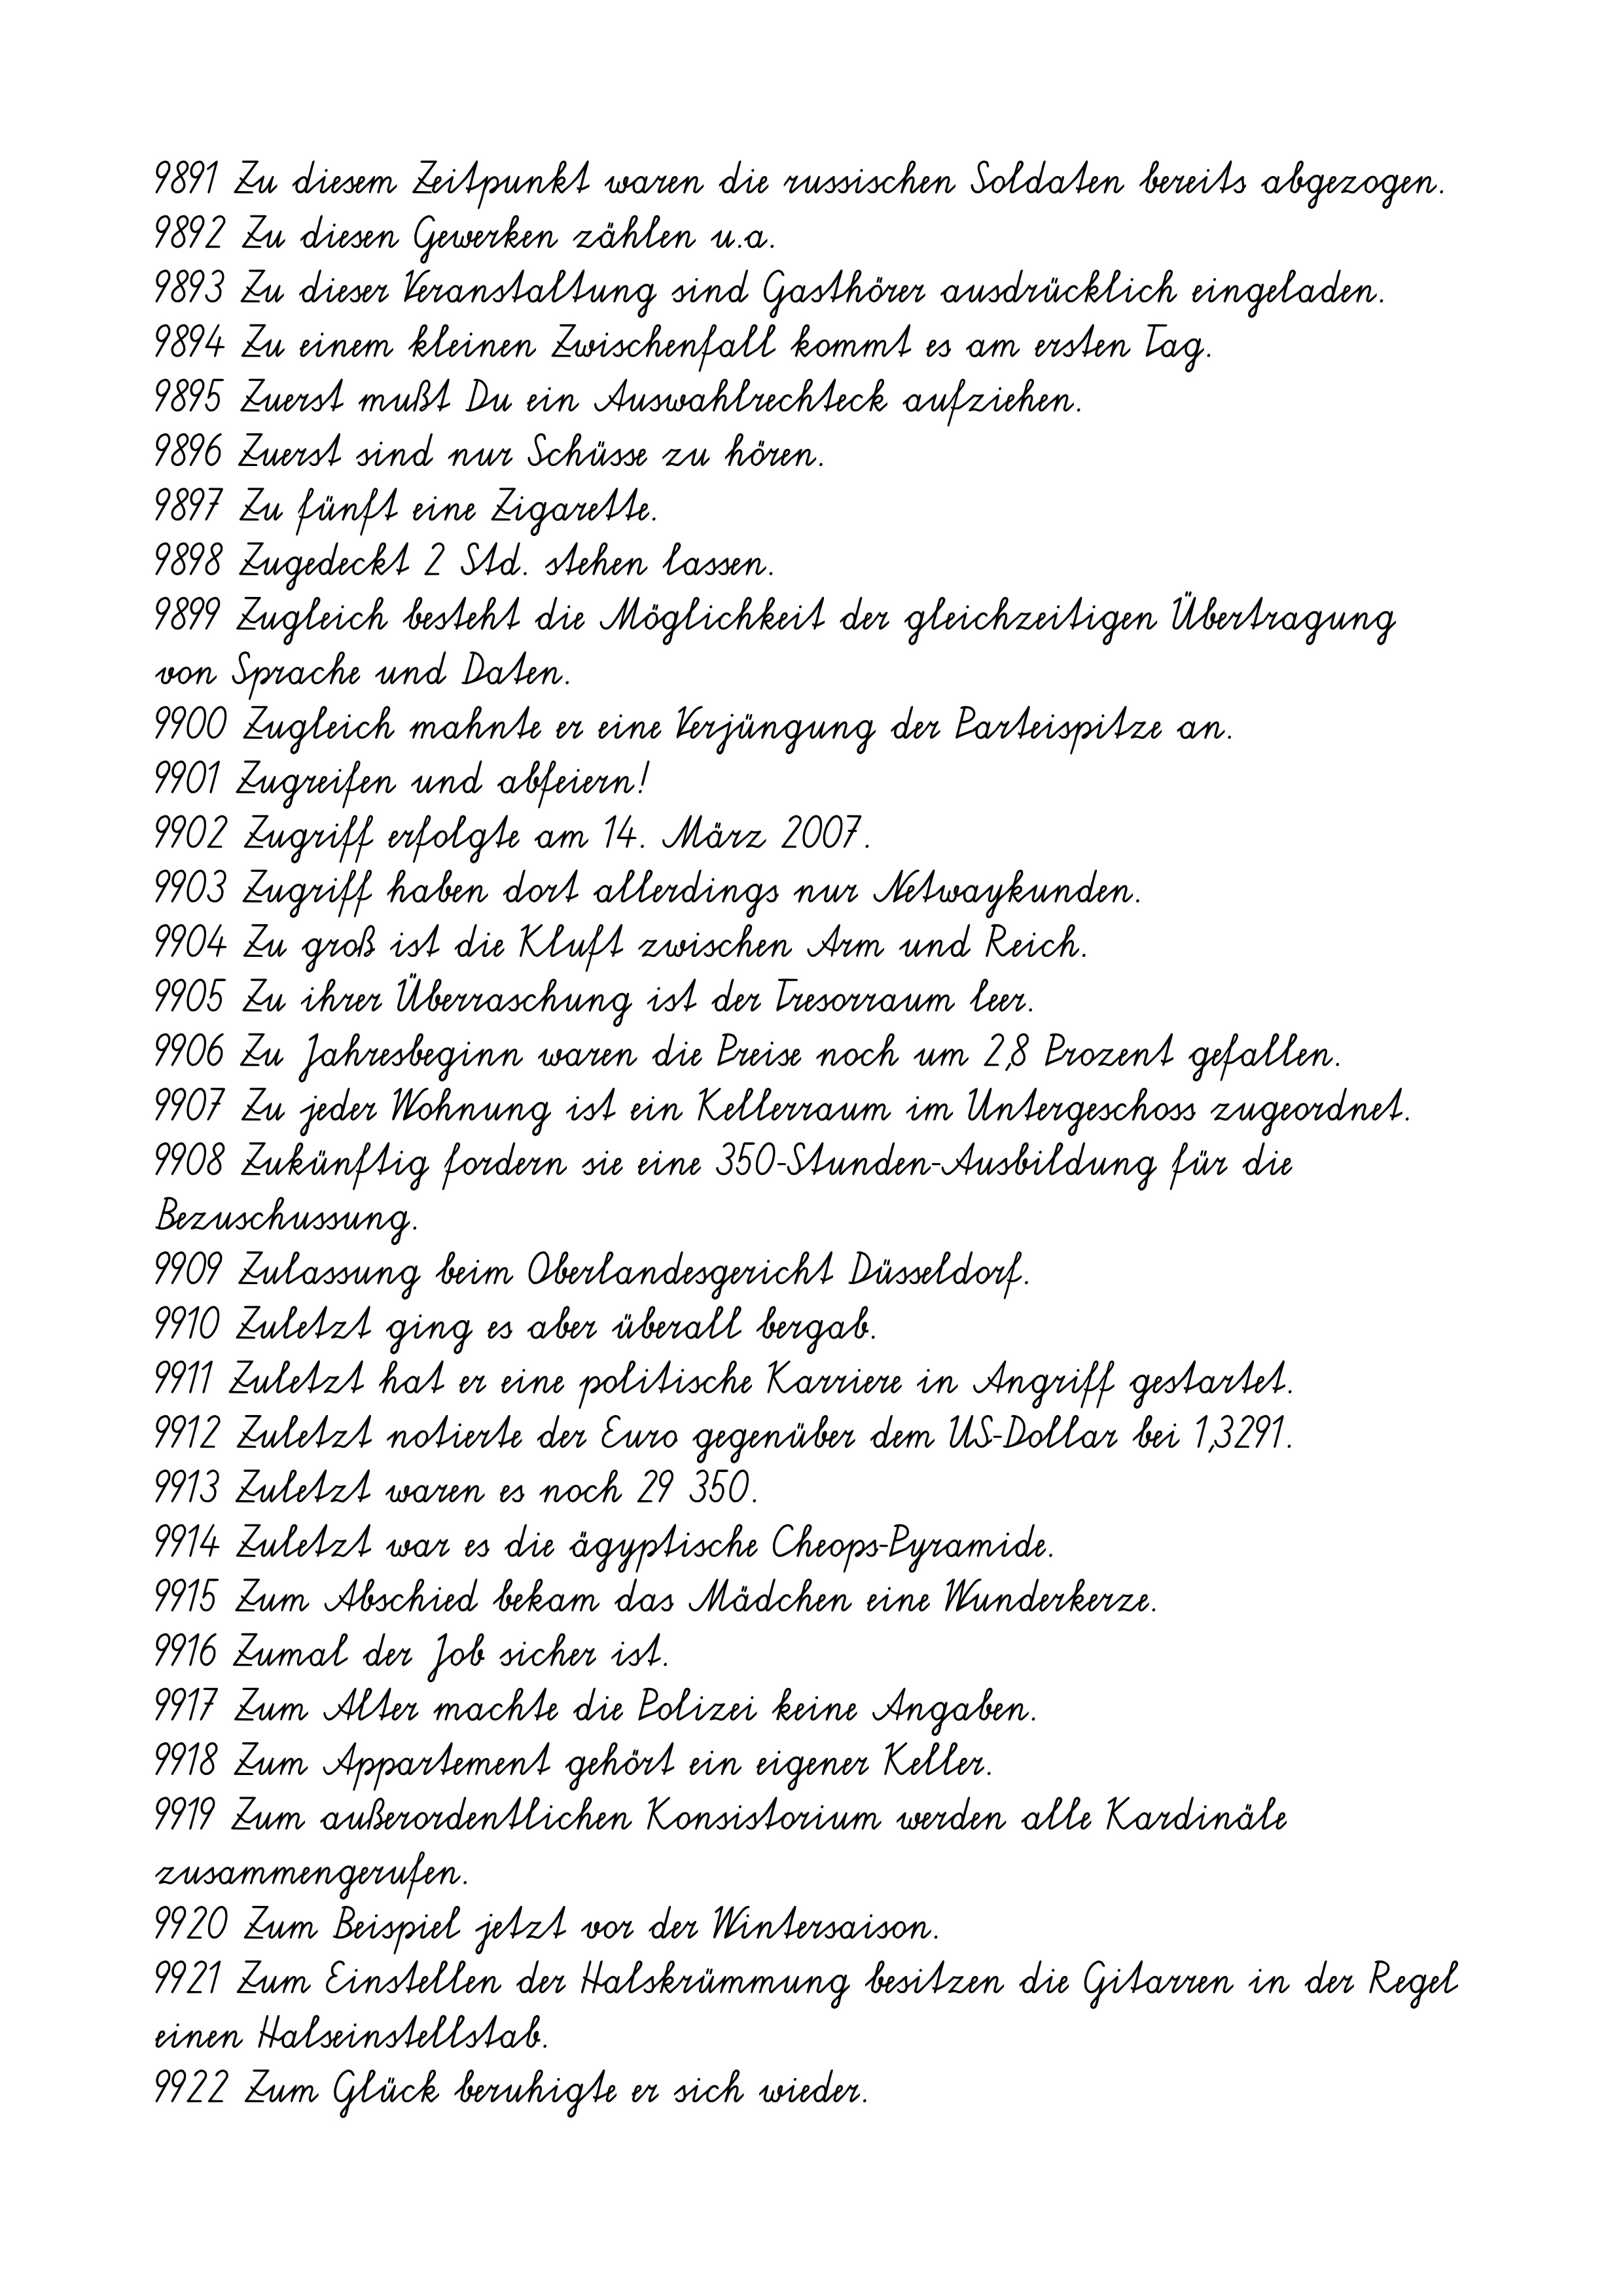
9891 Zu diesem Zeitpunkt waren die russischen Soldaten bereits abgezogen.
9892 Zu diesen Gewerken zählen u.a.
9893 Zu dieser Veranstaltung sind Gasthörer ausdrücklich eingeladen.
9894 Zu einem kleinen Zwischenfall kommt es am ersten Tag.
9895 Zuerst mußt Du ein Auswahlrechteck aufziehen.
9896 Zuerst sind nur Schüsse zu hören.
9897 Zu fünft eine Zigarette.
9898 Zugedeckt 2 Std. stehen lassen.
9899 Zugleich besteht die Möglichkeit der gleichzeitigen Übertragung
von Sprache und Daten.
9900 Zugleich mahnte er eine Verjüngung der Parteispitze an.
9901 Zugreifen und abfeiern!
9902 Zugriff erfolgte am 14. März 2007
9903 Zugriff haben dort allerdings nur Netwaykunden.
9904 Zu groß ist die Kluft zwischen Arm und Reich.
9905 Zu ihrer Überraschung ist der Tresorraum leer.
9906 Zu Jahresbeginn waren die Preise noch um 2,8 Prozent gefallen.
9907 Zu jeder Wohnung ist ein Kellerraum im Untergeschoss zugeordnet.
9908 Zukünftig fordern sie eine 350-Stunden-Ausbildung für die
Bezuschussung.
9909 Zulassung beim Oberlandesgericht Düsseldorf.
9910 Zuletzt ging es aber überall bergab.
9911 Zuletzt hat er eine politische Karriere in Angriff gestartet.
9912 Zuletzt notierte der Euro gegenüber dem US-Dollar bei 1,3291.
9913 Zuletzt waren es noch 29 350.
9914 Zuletzt war es die ägyptische Cheops-Pyramide.
9915 Zum Abschied bekam das Mädchen eine Wunderkerze.
9916 Zumal der Job sicher ist.
9917 Zum Alter machte die Polizei keine Angaben.
9918 Zum Appartement gehört ein eigener Keller.
9919 Zum außerordentlichen Konsistorium werden alle Kardinäle
zusammengerufen.
9920 Zum Beispiel jetzt vor der Wintersaison.
9921 Zum Einstellen der Halskrümmung besitzen die Gitarren in der Regel
einen Halseinstellstab.
9922 Zum Glück beruhigte er sich wieder.